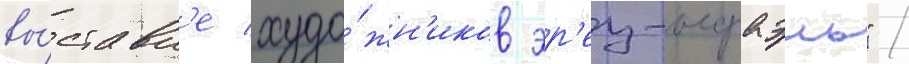
вы́ставк'е худо́жн'иков эр'ец-исраэль" /